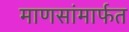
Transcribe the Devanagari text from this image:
माणसांमार्फत